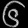
Digit: ၆